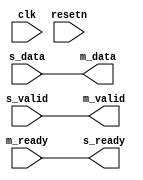
// ***************************************************************************
// ***************************************************************************
// Copyright 2014 - 2017 (c) Analog Devices, Inc. All rights reserved.
//
// In this HDL repository, there are many different and unique modules, consisting
// of various HDL (Verilog or VHDL) components. The individual modules are
// developed independently, and may be accompanied by separate and unique license
// terms.
//
// The user should read each of these license terms, and understand the
// freedoms and responsibilities that he or she has by using this source/core.
//
// This core is distributed in the hope that it will be useful, but WITHOUT ANY
// WARRANTY; without even the implied warranty of MERCHANTABILITY or FITNESS FOR
// A PARTICULAR PURPOSE.
//
// Redistribution and use of source or resulting binaries, with or without modification
// of this file, are permitted under one of the following two license terms:
//
//   1. The GNU General Public License version 2 as published by the
//      Free Software Foundation, which can be found in the top level directory
//      of this repository (LICENSE_GPL2), and also online at:
//      <https://www.gnu.org/licenses/old-licenses/gpl-2.0.html>
//
// OR
//
//   2. An ADI specific BSD license, which can be found in the top level directory
//      of this repository (LICENSE_ADIBSD), and also on-line at:
//      https://github.com/analogdevicesinc/hdl/blob/master/LICENSE_ADIBSD
//      This will allow to generate bit files and not release the source code,
//      as long as it attaches to an ADI device.
//
// ***************************************************************************
// ***************************************************************************

`timescale 1ns/100ps

module util_axis_resize # (

  parameter MASTER_DATA_WIDTH = 64,
  parameter SLAVE_DATA_WIDTH = 64,
  parameter BIG_ENDIAN = 0)(

  input                       clk,
  input                       resetn,

  input                       s_valid,
  output                      s_ready,
  input [SLAVE_DATA_WIDTH-1:0]  s_data,

  output                      m_valid,
  input                       m_ready,
  output [MASTER_DATA_WIDTH-1:0] m_data
);

localparam RATIO = (SLAVE_DATA_WIDTH < MASTER_DATA_WIDTH) ?
                            MASTER_DATA_WIDTH / SLAVE_DATA_WIDTH :
                            SLAVE_DATA_WIDTH / MASTER_DATA_WIDTH;

function integer clog2;
  input integer value;
  begin
    value = value-1;
  for (clog2=0; value>0; clog2=clog2+1)
    value = value>>1;
  end
endfunction

generate if (SLAVE_DATA_WIDTH == MASTER_DATA_WIDTH) begin

assign m_valid = s_valid;
assign s_ready = m_ready;
assign m_data = s_data;

end else if (SLAVE_DATA_WIDTH < MASTER_DATA_WIDTH) begin

reg [MASTER_DATA_WIDTH-1:0] data;
reg [clog2(RATIO)-1:0] count;
reg valid;

always @(posedge clk)
begin
  if (resetn == 1'b0) begin
    count <= RATIO - 1;
    valid <= 1'b0;
  end else begin
    if (count == 'h00 && s_ready == 1'b1 && s_valid == 1'b1)
      valid <= 1'b1;
    else if (m_ready == 1'b1)
      valid <= 1'b0;

    if (s_ready == 1'b1 && s_valid == 1'b1) begin
      if (count == 'h00)
        count <= RATIO - 1;
      else
        count <= count - 1'b1;
    end
  end
end

always @(posedge clk)
begin
  if (s_ready == 1'b1 && s_valid == 1'b1)
    if (BIG_ENDIAN == 1) begin
      data <= {data[MASTER_DATA_WIDTH-SLAVE_DATA_WIDTH-1:0], s_data};
    end else begin
      data <= {s_data, data[MASTER_DATA_WIDTH-1:SLAVE_DATA_WIDTH]};
    end
end

assign s_ready = ~valid || m_ready;
assign m_valid = valid;
assign m_data = data;

end else begin

reg [SLAVE_DATA_WIDTH-1:0] data;
reg [clog2(RATIO)-1:0] count;
reg valid;

always @(posedge clk)
begin
  if (resetn == 1'b0) begin
    count <= RATIO - 1;
    valid <= 1'b0;
  end else begin
    if (s_valid == 1'b1 && s_ready == 1'b1)
      valid <= 1'b1;
    else if (count == 'h0 && m_ready == 1'b1 && m_valid == 1'b1)
      valid <= 1'b0;

    if (m_ready == 1'b1 && m_valid == 1'b1) begin
      if (count == 'h00)
        count <= RATIO - 1;
      else
        count <= count - 1'b1;
    end
  end
end

always @(posedge clk)
begin
  if (s_ready == 1'b1 && s_valid == 1'b1) begin
    data <= s_data;
  end else if (m_ready == 1'b1 && m_valid == 1'b1) begin
    if (BIG_ENDIAN == 1) begin
      data[SLAVE_DATA_WIDTH-1:MASTER_DATA_WIDTH] <= data[SLAVE_DATA_WIDTH-MASTER_DATA_WIDTH-1:0];
    end else begin
      data[SLAVE_DATA_WIDTH-MASTER_DATA_WIDTH-1:0] <= data[SLAVE_DATA_WIDTH-1:MASTER_DATA_WIDTH];
    end
  end
end

assign s_ready = ~valid || (m_ready && count == 'h0);
assign m_valid = valid;
assign m_data = BIG_ENDIAN == 1 ?
  data[SLAVE_DATA_WIDTH-1:SLAVE_DATA_WIDTH-MASTER_DATA_WIDTH] :
  data[MASTER_DATA_WIDTH-1:0];

end
endgenerate

endmodule